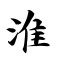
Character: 淮